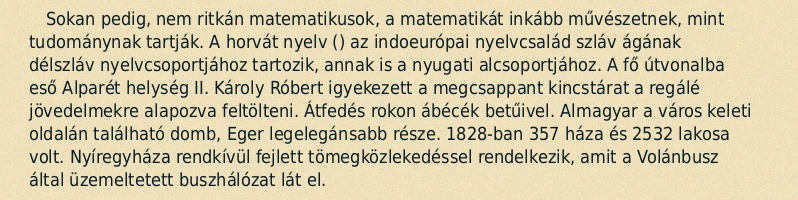
Sokan pedig, nem ritkán matematikusok, a matematikát inkább művészetnek, mint tudománynak tartják. A horvát nyelv () az indoeurópai nyelvcsalád szláv ágának délszláv nyelvcsoportjához tartozik, annak is a nyugati alcsoportjához. A fő útvonalba eső Alparét helység II. Károly Róbert igyekezett a megcsappant kincstárat a regálé jövedelmekre alapozva feltölteni. Átfedés rokon ábécék betűivel. Almagyar a város keleti oldalán található domb, Eger legelegánsabb része. 1828-ban 357 háza és 2532 lakosa volt. Nyíregyháza rendkívül fejlett tömegközlekedéssel rendelkezik, amit a Volánbusz által üzemeltetett buszhálózat lát el.